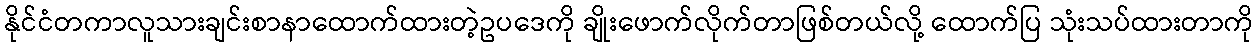
နိုင်ငံတကာလူသားချင်းစာနာထောက်ထားတဲ့ဥပဒေကို ချိုးဖောက်လိုက်တာဖြစ်တယ်လို့ ထောက်ပြ သုံးသပ်ထားတာကို